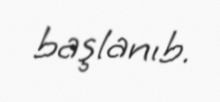
başlanıb.